Annual statistical returns and brief notes on vaccination in Bengal - 1896-1909
Year: 1896
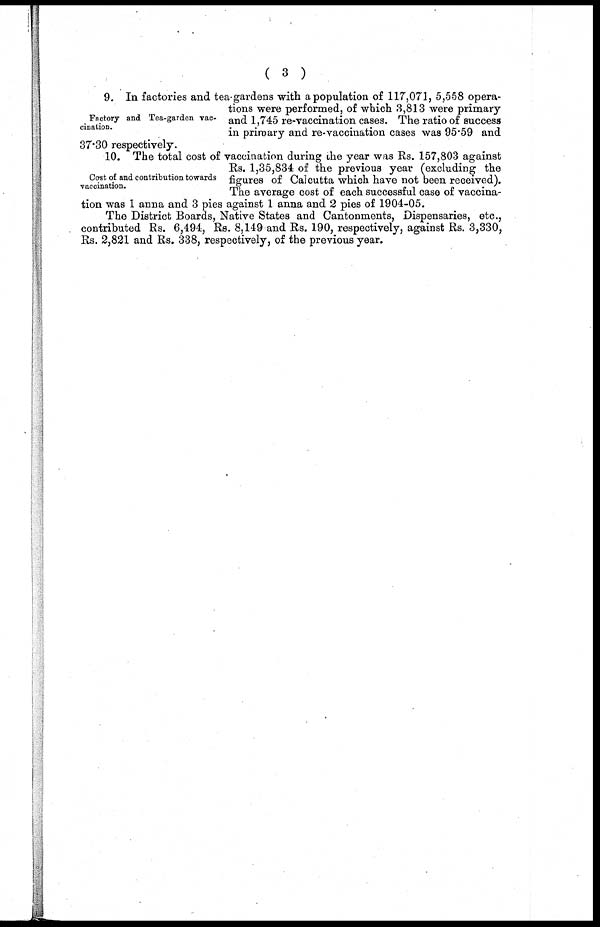
( 3 )
Factory and Tea-garden vac-
cination.
9. In factories and tea-gardens with a population of 117,071, 5,558 opera-
tions were performed, of which 3,813 were primary
and 1,745 re-vaccination cases. The ratio of success
in primary and re-vaccination cases was 95.59 and
37.30 respectively.
Cost of and contribution towards
vaccination.
10. The total cost of vaccination during the year was Rs. 157,803 against
Rs. 1,35,834 of the previous year (excluding the
figures of Calcutta which have not been received).
The average cost of each successful case of vaccina-
tion was 1 anna and 3 pies against 1 anna and 2 pies of 1904-05.
The District Boards, Native States and Cantonments, Dispensaries, etc.,
contributed Rs. 6,494, Rs. 8,149 and Rs. 190, respectively, against Rs. 3,330,
Rs. 2,821 and Rs. 338, respectively, of the previous year.